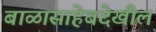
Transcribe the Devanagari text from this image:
बाळासाहेबदेखील